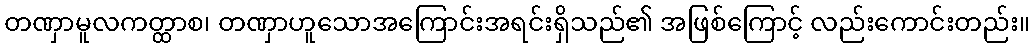
တဏှာမူလကတ္ထာစ၊ တဏှာဟူသောအကြောင်းအရင်းရှိသည်၏ အဖြစ်ကြောင့် လည်းကောင်းတည်း။